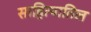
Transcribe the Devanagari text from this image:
साहित्यातिल